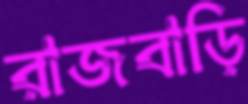
রাজবাড়ি